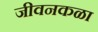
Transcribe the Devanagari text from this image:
जीवनकळा